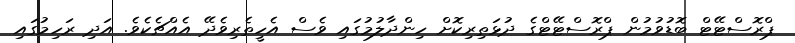
ޕްރޮސްޓޭޓް ބޮޑުވުމުން ޕްރޮސްޓޭޓްގެ ދުޅަތިރިކޮށް ހިންދާލުމުގައި ވެސް އެހީތެރިވެދޭ އެއްޗެެކެވެ. އަދި ރަހިމުގައި